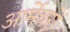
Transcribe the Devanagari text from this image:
आर्मेचरों